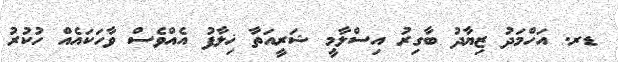
ޑރ. އަހްމަދު ޒިޔާދު ބާގިރު އިސްލާމީ ޝަރީއަތާ ޚިލާފު އެއްވެސް ވާހަކައެއް ހުކުރު